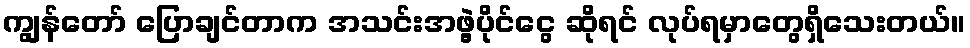
ကျွန်တော် ပြောချင်တာက အသင်းအဖွဲ့ပိုင်ငွေ ဆိုရင် လုပ်ရမှာတွေရှိသေးတယ်။